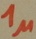
Text: 1µ